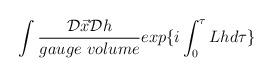
LaTeX: \begin{align*}\int \frac{{\cal D}\vec{x}{\cal D}h}{gauge\ volume} exp\{ i\int_{0}^{\tau} Lhd\tau\}\end{align*}